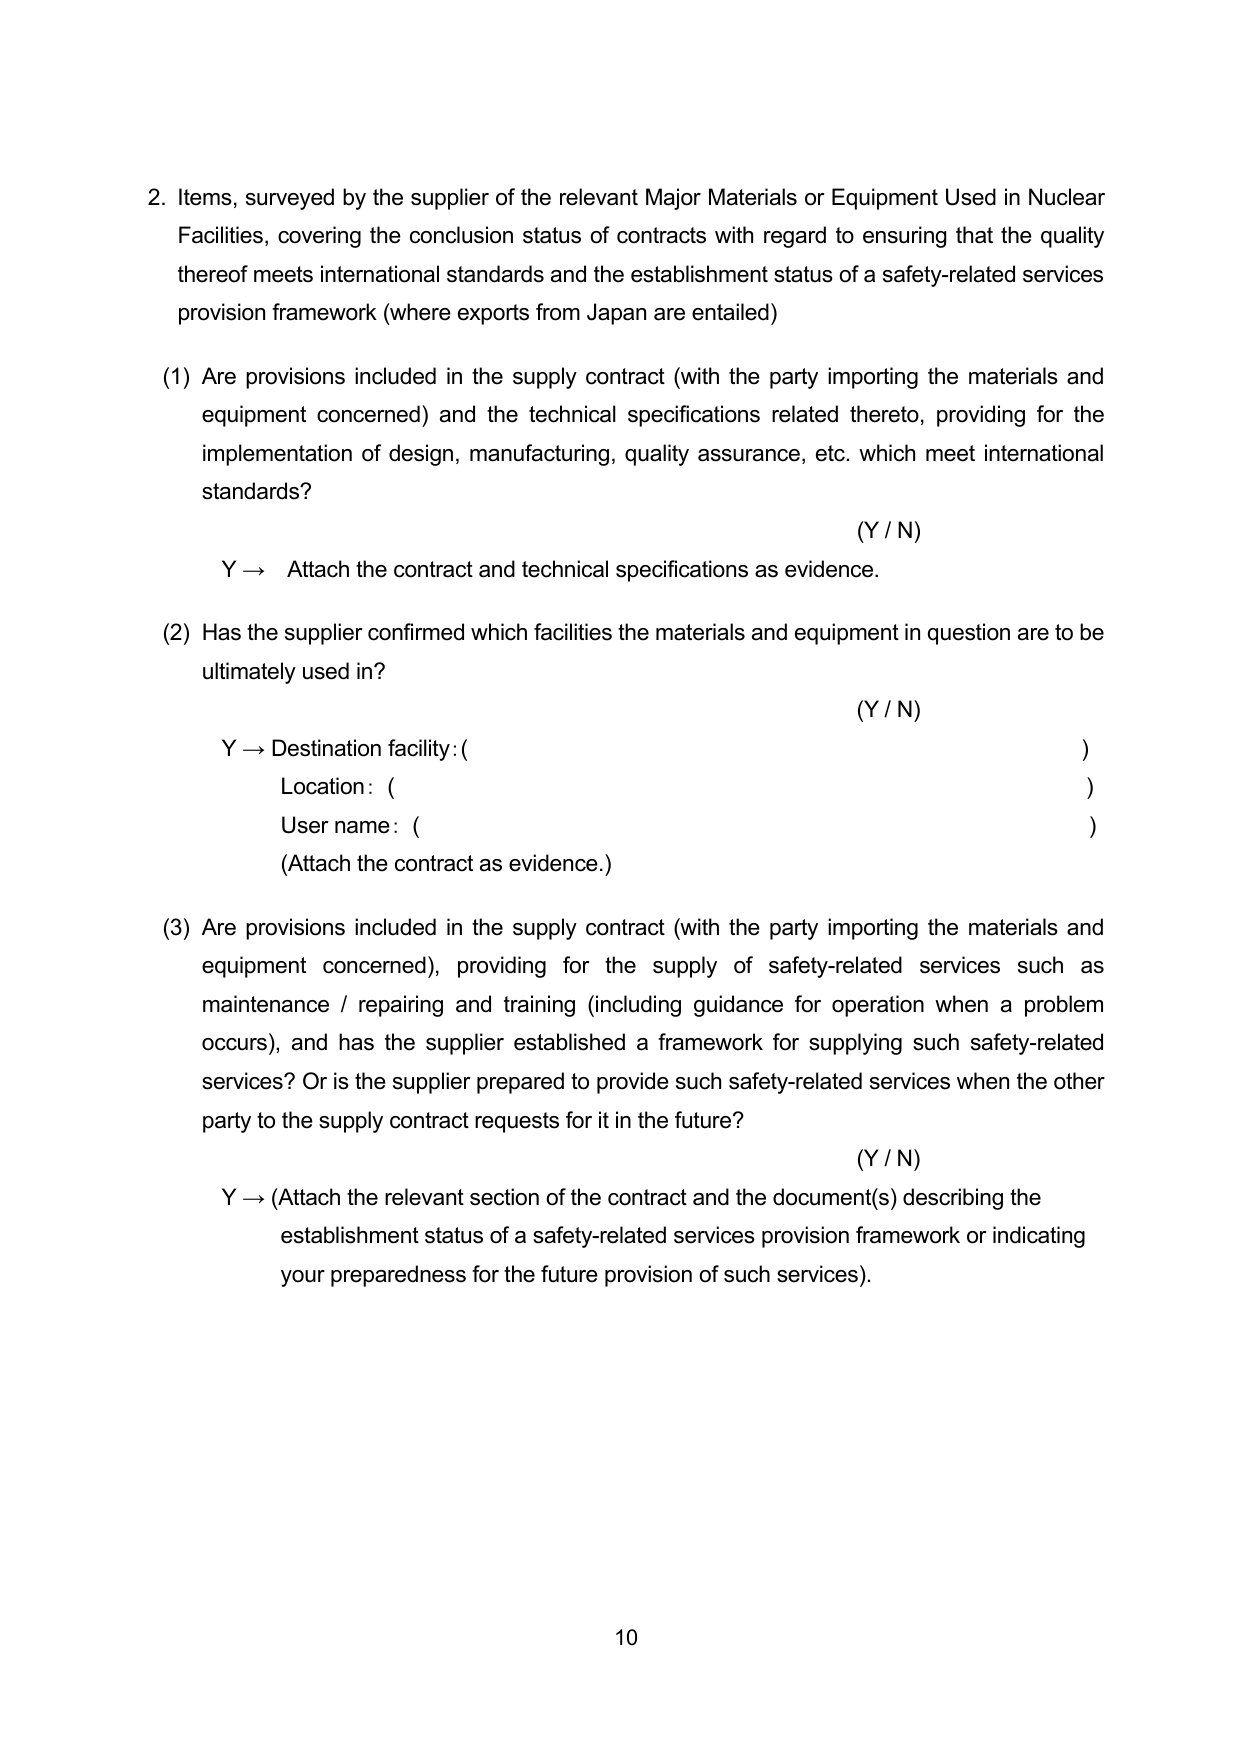
2. Items, surveyed by the supplier of the relevant Major Materials or Equipment Used in Nuclear Facilities, covering the conclusion status of contracts with regard to ensuring that the quality thereof meets international standards and the establishment status of a safety-related services provision framework (where exports from Japan are entailed)

(1) Are provisions included in the supply contract (with the party importing the materials and equipment concerned) and the technical specifications related thereto, providing for the implementation of design, manufacturing, quality assurance, etc. which meet international standards?

(Y / N)

Y → Attach the contract and technical specifications as evidence.

(2) Has the supplier confirmed which facilities the materials and equipment in question are to be ultimately used in?

(Y / N)

Y → Destination facility: ( )
Location: ( )
User name: ( )
(Attach the contract as evidence.)

(3) Are provisions included in the supply contract (with the party importing the materials and equipment concerned), providing for the supply of safety-related services such as maintenance / repairing and training (including guidance for operation when a problem occurs), and has the supplier established a framework for supplying such safety-related services? Or is the supplier prepared to provide such safety-related services when the other party to the supply contract requests for it in the future?

(Y / N)

Y → (Attach the relevant section of the contract and the document(s) describing the establishment status of a safety-related services provision framework or indicating your preparedness for the future provision of such services).

10